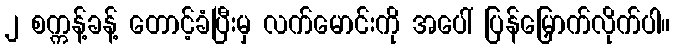
၂ စက္ကန့်ခန့် တောင့်ခံပြီးမှ လက်မောင်းကို အပေါ် ပြန်မြှောက်လိုက်ပါ။